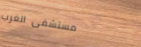
مستشفى الغرب